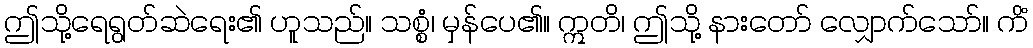
ဤသို့ရေရွတ်ဆဲရေး၏ ဟူသည်။ သစ္စံ၊ မှန်ပေ၏။ ဣတိ၊ ဤသို့ နားတော် လျှောက်သော်။ ကိံ